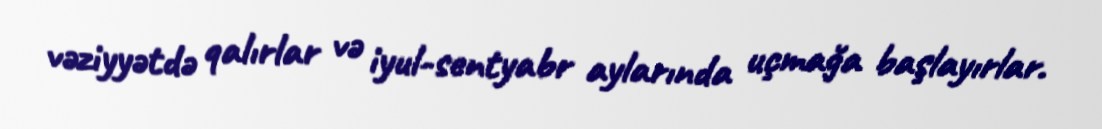
vəziyyətdə qalırlar və iyul-sentyabr aylarında uçmağa başlayırlar.